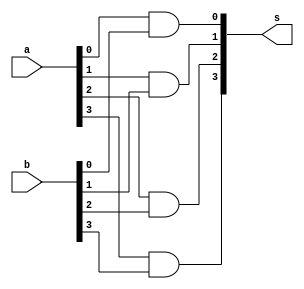
// -------------------------
// Exemplo0031 - F4
// Nome: Lucas Cardoso
// -------------------------
// -------------------------
// f4_gate
// -------------------------
module BOX1 (output [3:0] s,
input [3:0] a,
input [3:0] b);

and AND1 ( s[0], a[0], b[0] );
and AND2 ( s[1], a[1], b[1] );
and AND3 ( s[2], a[2], b[2] );
and AND4 ( s[3], a[3], b[3] );

endmodule // BOX1

module BOX2 (output [3:0] s1,
input [3:0] a,
input [3:0] b);

or OR1 ( s1[0], a[0], b[0] );
or OR2 ( s1[1], a[1], b[1] );
or OR3 ( s1[2], a[2], b[2] );
or OR4 ( s1[3], a[3], b[3] );

endmodule // BOX2
module test_f4;
// ------------------------- definir dados
reg [3:0] x;
reg [3:0] y;
wire [3:0] s;
wire [3:0] r;
BOX1 modulo1 (s, x, y);
BOX2 modulo2 (r, x, y);
// ------------------------- parte principal
initial begin  
$display("Exemplo0031 - Lucas Cardoso - 441694");
$display("Test LU's module");
x = 4'b0000; y = 4'b0000;
// projetar testes do modulo
$display(" a    b    s    s1");
#1 $monitor("%4b %4b %4b %4b",x,y,s,r);
#1 x = 4'b0011; y = 4'b0101;
#1 x = 4'b1100; y = 4'b0001;
#1 x = 4'b0001; y = 4'b1000;
#1 x = 4'b1110; y = 4'b0001;
#1 x = 4'b0010; y = 4'b0100;
#1 x = 4'b1111; y = 4'b1111;

end
endmodule // test_f4